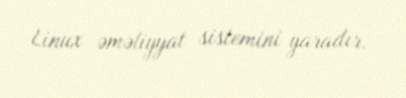
Linux əməliyyat sistemini yaradır.